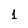
Character: 1